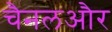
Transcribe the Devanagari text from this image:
चैनलऔर